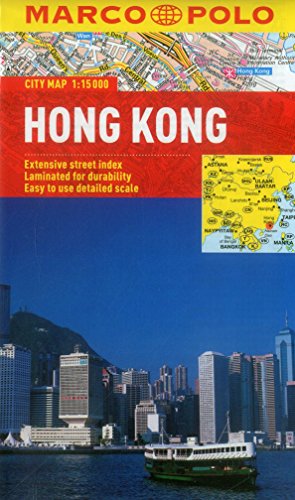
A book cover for Hong Kong Marco Polo City Map (Marco Polo City Maps); Marco Polo Travel; Travel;